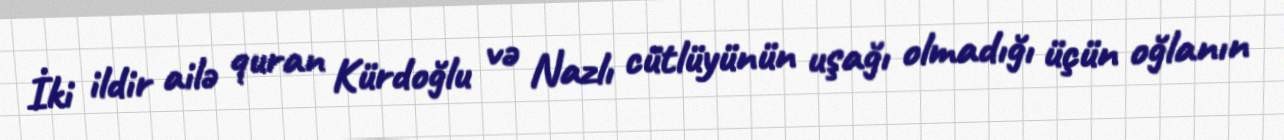
İki ildir ailə quran Kürdoğlu və Nazlı cütlüyünün uşağı olmadığı üçün oğlanın